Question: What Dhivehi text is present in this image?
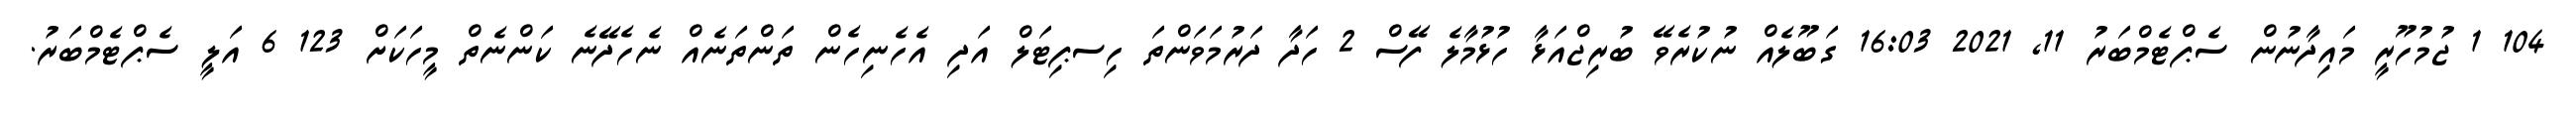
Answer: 104 1 ޖުމުހޫރީ މައިދާނުން ސެޕްޓެމްބަރު 11, 2021 16:03 ގަބޫލެއް ނުކުރެވޭ ބުރިޖްއަޅާ ހުޅުމާލެ ފޭސް 2 ހަދާ ދަރުމަވަންތަ ހިސޕިޓަލް އަދި އެހެނިހެން ތަންތަނެއް ނެހެދޭނެ ކަންނެތް މީހަކަށް 123 6 އަލީ ސެޕްޓެމްބަރު.